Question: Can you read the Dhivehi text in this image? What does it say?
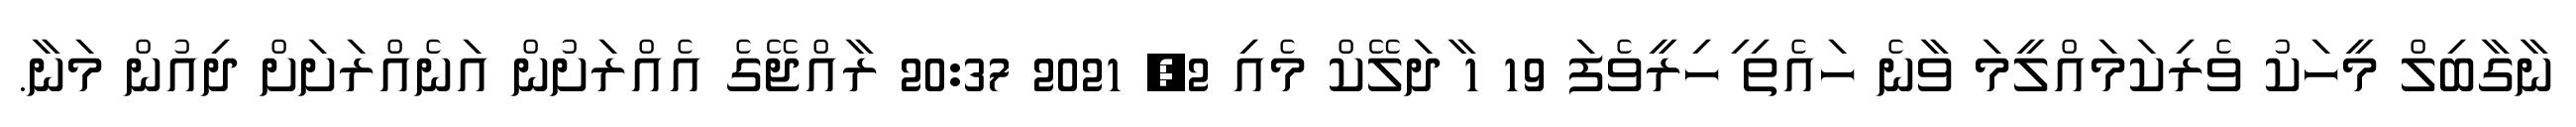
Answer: ނާގާބިލް މީހަކު ވެރިކަމައްލީމަ ވާނެ ހައެތި ިހިރީވެފަ 19 1 ާދަލޭކް މެއި 2, 2021 20:37 ރާއްޖޭގެ އެއްރަށުން އަނެއްރަށަށް ދިއުން މަނާ.